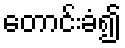
တောင်းခံ၍